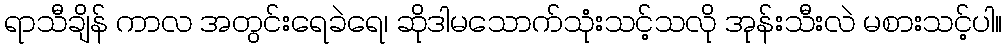
ရာသီချိန် ကာလ အတွင်းရေခဲရေ၊ ဆိုဒါမသောက်သုံးသင့်သလို အုန်းသီးလဲ မစားသင့်ပါ။